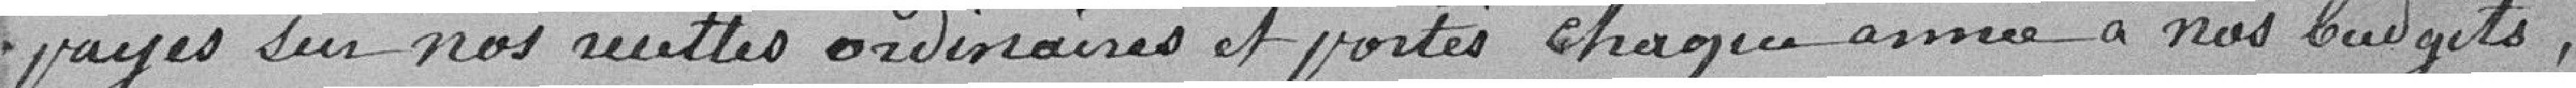
payés sur nos recettes ordinaires et portés chaque année à nos budgets,